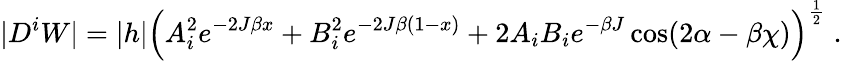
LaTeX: |D^{i}W|=|h|\Big(A_{i}^{2}e^{-2J\beta x}+B_{i}^{2}e^{-2J\beta(1-x)}+2A_{i}B_{i}e^{-\beta J}\cos(2\alpha-\beta\chi)\Big)^{\frac{1}{2}}\; .